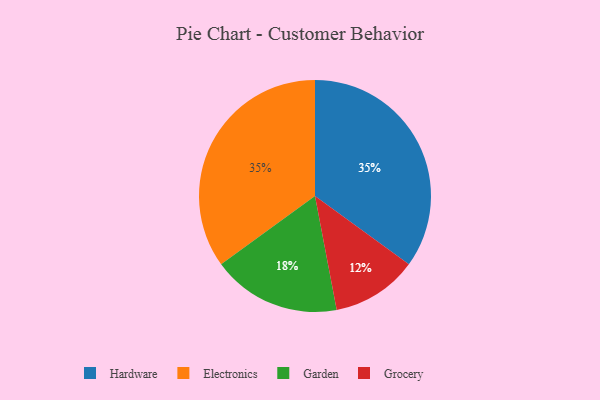
{"axis": {"x": "Category", "y": "Percentage"}, "legend": ["Electronics", "Garden", "Grocery", "Hardware"], "data": [{"x": "Garden", "y": 18, "type": "Garden"}, {"x": "Grocery", "y": 12, "type": "Grocery"}, {"x": "Hardware", "y": 35, "type": "Hardware"}, {"x": "Electronics", "y": 35, "type": "Electronics"}]}